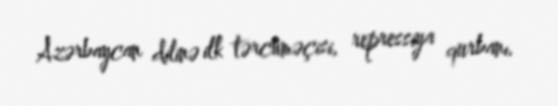
Azərbaycan dilinə ilk tərcüməçisi, repressiya qurbanı.